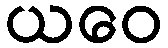
ယဝေ